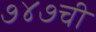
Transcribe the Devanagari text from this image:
७४७ची